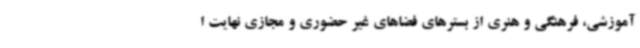
آموزشی، فرهنگی و هنری از بسترهای فضاهای غیر حضوری و مجازی نهایت ا